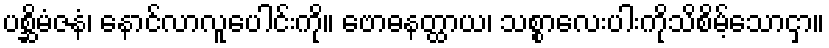
ပစ္ဆိမံဇနံ၊ နောင်လာလူပေါင်းကို။ ဗောဓနတ္ထာယ၊ သစ္စာလေးပါးကိုသိစိမ့်သောငှာ။